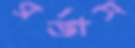
গর্‌জাস